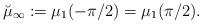
LaTeX: \begin{align*}\breve{\mu}_\infty := \mu_1(-\pi/2) = \mu_1(\pi/2).\end{align*}